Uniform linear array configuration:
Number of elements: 12
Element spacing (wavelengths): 0.25
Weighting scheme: hann
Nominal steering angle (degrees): -45
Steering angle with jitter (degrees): -46.957
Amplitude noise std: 0.05
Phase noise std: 0.05

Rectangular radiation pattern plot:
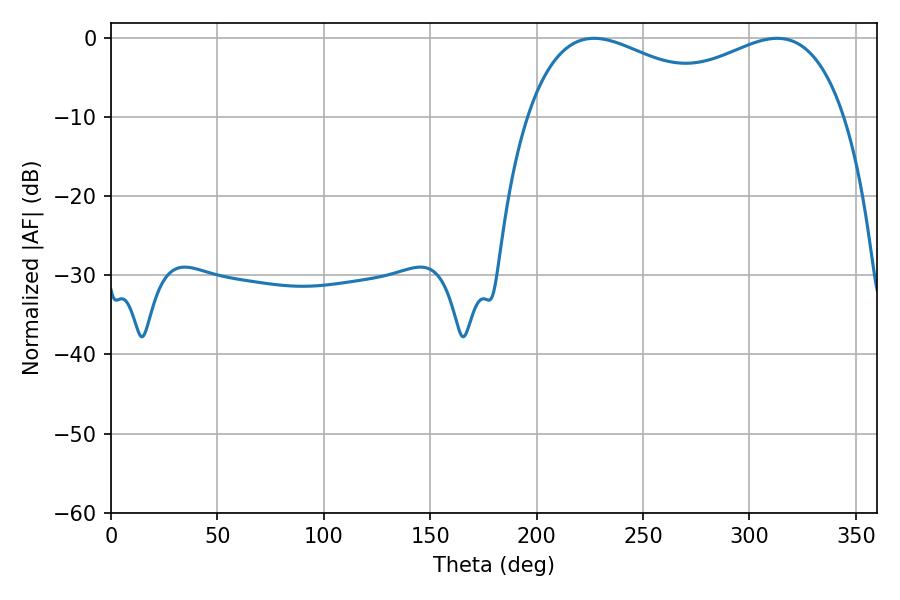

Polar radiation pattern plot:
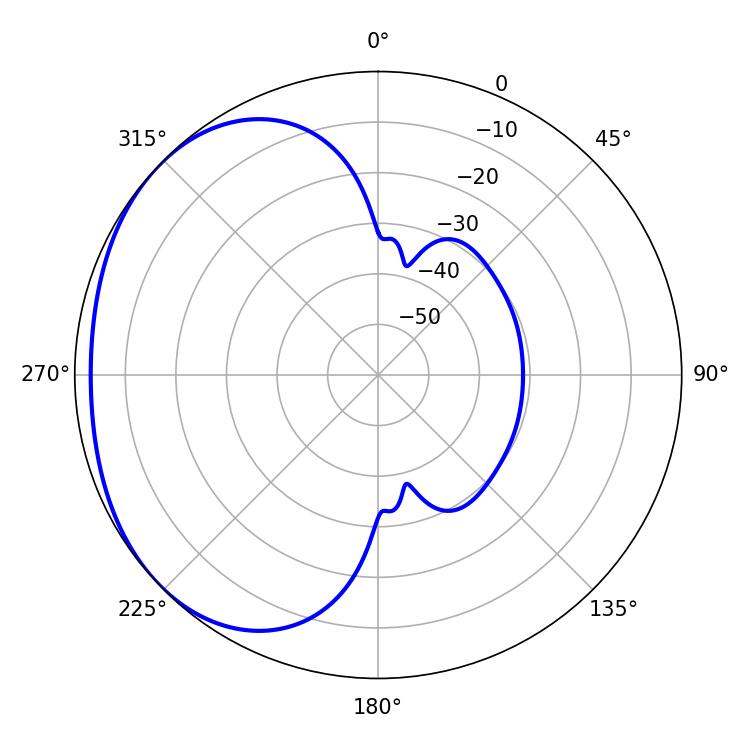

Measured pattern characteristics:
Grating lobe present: FALSE
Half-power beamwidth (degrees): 55.62
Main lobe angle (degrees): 226.98